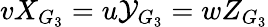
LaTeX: vX_{G_{3}}=u\mathcal{Y}_{G_{3}}=wZ_{G_{3}}